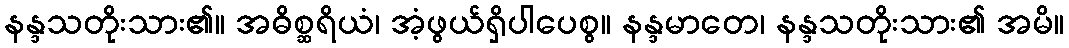
နန္ဒသတိုးသား၏။ အဓိစ္ဆရိယံ၊ အံ့ဖွယ်ရှိပါပေစွ။ နန္ဒမာတေ၊ နန္ဒသတိုးသား၏ အမိ။